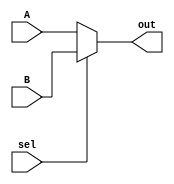
`timescale 1ns / 1ps
//////////////////////////////////////////////////////////////////////////////////
// Company: 
// Engineer: 
// 
// Design Name: 
// Module Name: Mux32Bit2To1
// Project Name: 
// Target Devices: 
// Tool Versions: 
// Description: 
// 
// Dependencies: 
// 
// Revision:
// Revision 0.01 - File Created
// Additional Comments:
// 
//////////////////////////////////////////////////////////////////////////////////

module Mux32Bit2To1(out, A, B, sel);

    output [31:0] out;
    
    input [31:0] A, B;
    input  sel;
    
   
    /* Fill in the implementation here ... */ 
     assign  out = (sel==0)? A:B;
         
endmodule